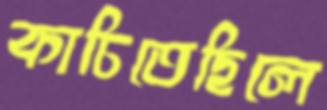
কাচিতেছিলে